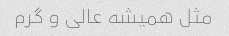
مثل همیشه عالی و گرم